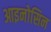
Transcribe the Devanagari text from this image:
आइनोसिन